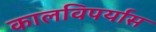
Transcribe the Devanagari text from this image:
कालविपर्यास